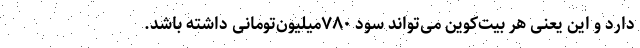
دارد و این یعنی هر بیت‌کوین می‌تواند سود ۷۸۰میلیون‌تومانی داشته باشد.